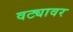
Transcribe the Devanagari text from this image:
वट्यावर